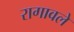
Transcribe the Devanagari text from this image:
रागावले